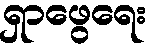
ရှာဖွေရေး